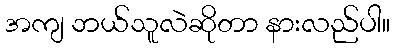
အကျ ဘယ်သူလဲဆိုတာ နားလည်ပါ။